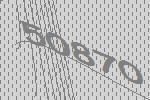
50870